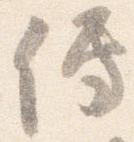
伝